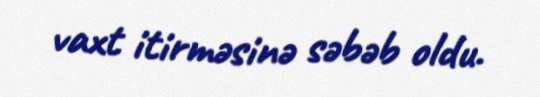
vaxt itirməsinə səbəb oldu.